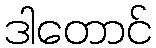
ဒါတောင်